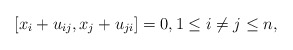
\begin{align*}[x_i+u_{ij},x_j+ u_{ji}]=0, 1 \le i \not= j \le n,\end{align*}